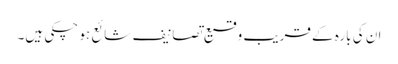
ان کی بارہ کے قریب وقیع تصانیف شائع ہو چکی ہیں۔